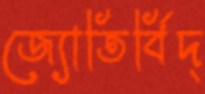
জ্যোতির্বিদ্‌